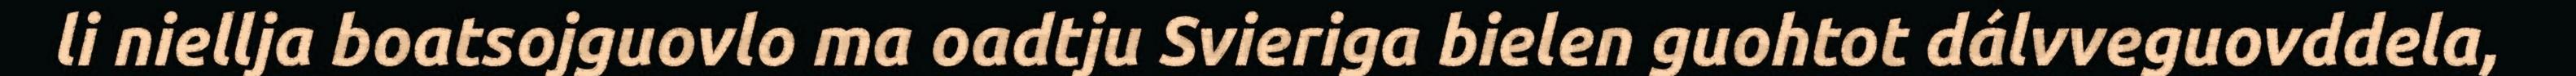
li niellja boatsojguovlo ma oadtju Svieriga bielen guohtot dálvveguovddela,